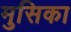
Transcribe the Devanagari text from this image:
मुसिका